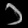
Digit: ၁